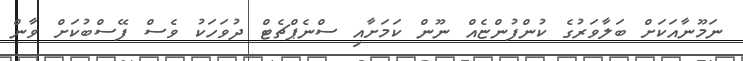
ނަމޫނާއަކަށް ބަލާވަރުގެ ކުންފުންޏެއް ނޫން ކަމަށާއި ސްނެޕްޗެޓް ދުވަހަކު ވެސް ފޭސްބުކަށް ވާން